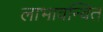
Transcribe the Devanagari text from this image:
लाभावन्वित